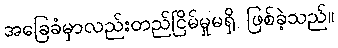
အခြေခံမှာလည်းတည်ငြိမ်မှုမရှိ ဖြစ်ခဲ့သည်။